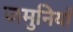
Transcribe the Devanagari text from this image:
जमुनियाँ